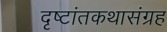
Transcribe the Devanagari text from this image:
दृष्टांतकथासंग्रह